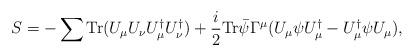
LaTeX: \begin{align*}S=-\sum{ \hbox{Tr} ({{U}_{\mu}{U}_{\nu}{U}^{\dagger}_{\mu}{U}^{\dagger}_{\nu}})} +\frac{i}{2} \hbox{Tr}{{\bar \psi}{\Gamma^\mu} (U_\mu \psi U_\mu^\dagger-U_\mu^\dagger \psi U_\mu)},\end{align*}